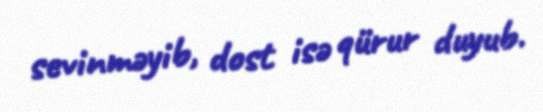
sevinməyib, dost isə qürur duyub.